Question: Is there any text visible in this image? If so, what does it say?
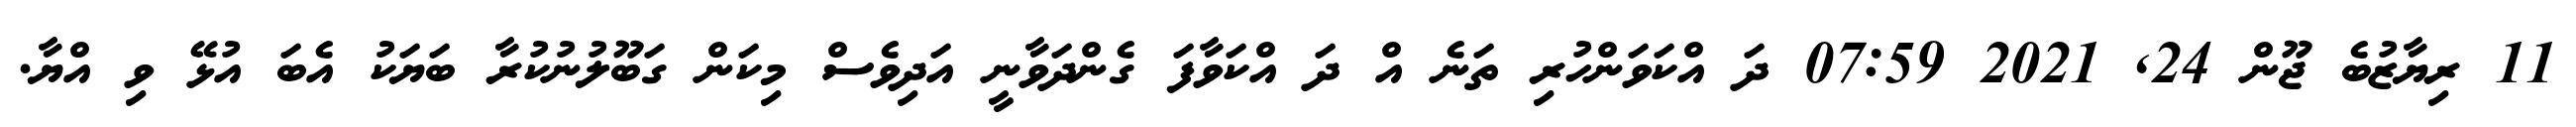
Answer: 11 ރިޔާޒުބެ ޖޫން 24, 2021 07:59 ދަ އްކަވަންހުރި ތަނެ އް ދަ އްކަވާފަ ގެންދަވާނީ އަދިވެސް މިކަން ގަބޫލުނުކުރާ ބަޔަކު އެބަ އުޅޭ ވި އްޔާ.